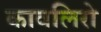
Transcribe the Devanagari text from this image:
कावलिरो